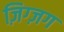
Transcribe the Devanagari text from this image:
ज़िग्ज़ग